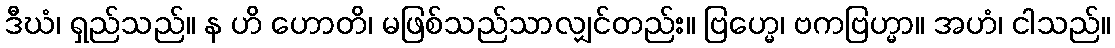
ဒီဃံ၊ ရှည်သည်။ န ဟိ ဟောတိ၊ မဖြစ်သည်သာလျှင်တည်း။ ဗြဟ္မေ၊ ဗကဗြဟ္မာ။ အဟံ၊ ငါသည်။